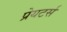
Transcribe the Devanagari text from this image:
प्रेयटर्स